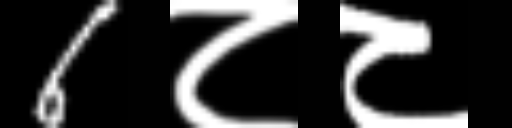
Text: 6८८